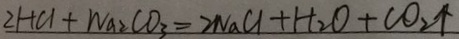
2 H C l + W a _ { 2 } C O _ { 3 } = 2 N a C l + H _ { 2 } O + C O _ { 2 } \uparrow